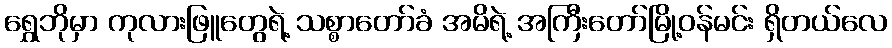
ရွှေဘိုမှာ ကုလားဖြူတွေရဲ့ သစ္စာတော်ခံ အမိရဲ့ အကြီးတော်မြို့ဝန်မင်း ရှိတယ်လေ